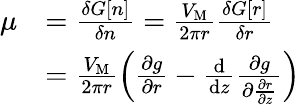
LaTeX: \begin{array}{rl}{\mu}&{=\frac{\delta G[n]}{\delta n}=\frac{V_{\mathrm{M}}}{2\pi r}\frac{\delta G[r]}{\delta r}}\\ &{=\frac{V_{\mathrm{M}}}{2\pi r}\left(\frac{\partial g}{\partial r}-\frac{\mathrm{d}}{\mathrm{d}z}\frac{\partial g}{\partial\frac{\partial r}{\partial z}}\right)}\end{array}